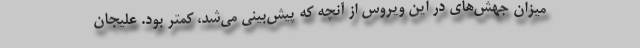
میزان جهش‌های در این ویروس از آنچه که پیش‌بینی می‌شد، کمتر بود. علیجان